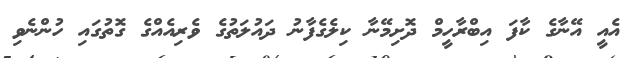
އެއީ އޭނާގެ ކާފަ އިބްރާހީމް ދޮށިމޭނާ ކިލެގެފާނު ދައުލަތުގެ ވެރިއެއްގެ ގޮތުގައި ހުންނެވި